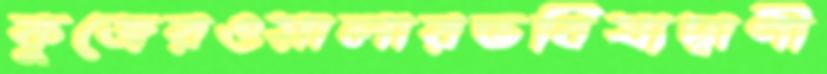
কুজেরওয়ালারভবিষ্যদ্বাণী